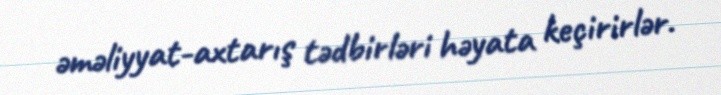
əməliyyat-axtarış tədbirləri həyata keçirirlər.